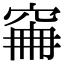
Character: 𥥼